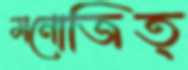
মনোজিত্